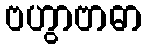
ဗဟွာဗာဓာ